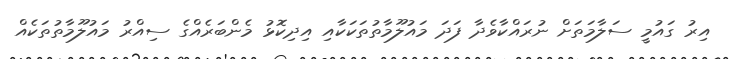
އިރު ގައުމީ ސަލާމަތަށް ނުރައްކާވެދާ ފަދަ މައުލޫމާތުތަކަކާއި އިދިކޮޅު މެންބަރެއްގެ ސިއްރު މައުލޫމާތުތަކެއް